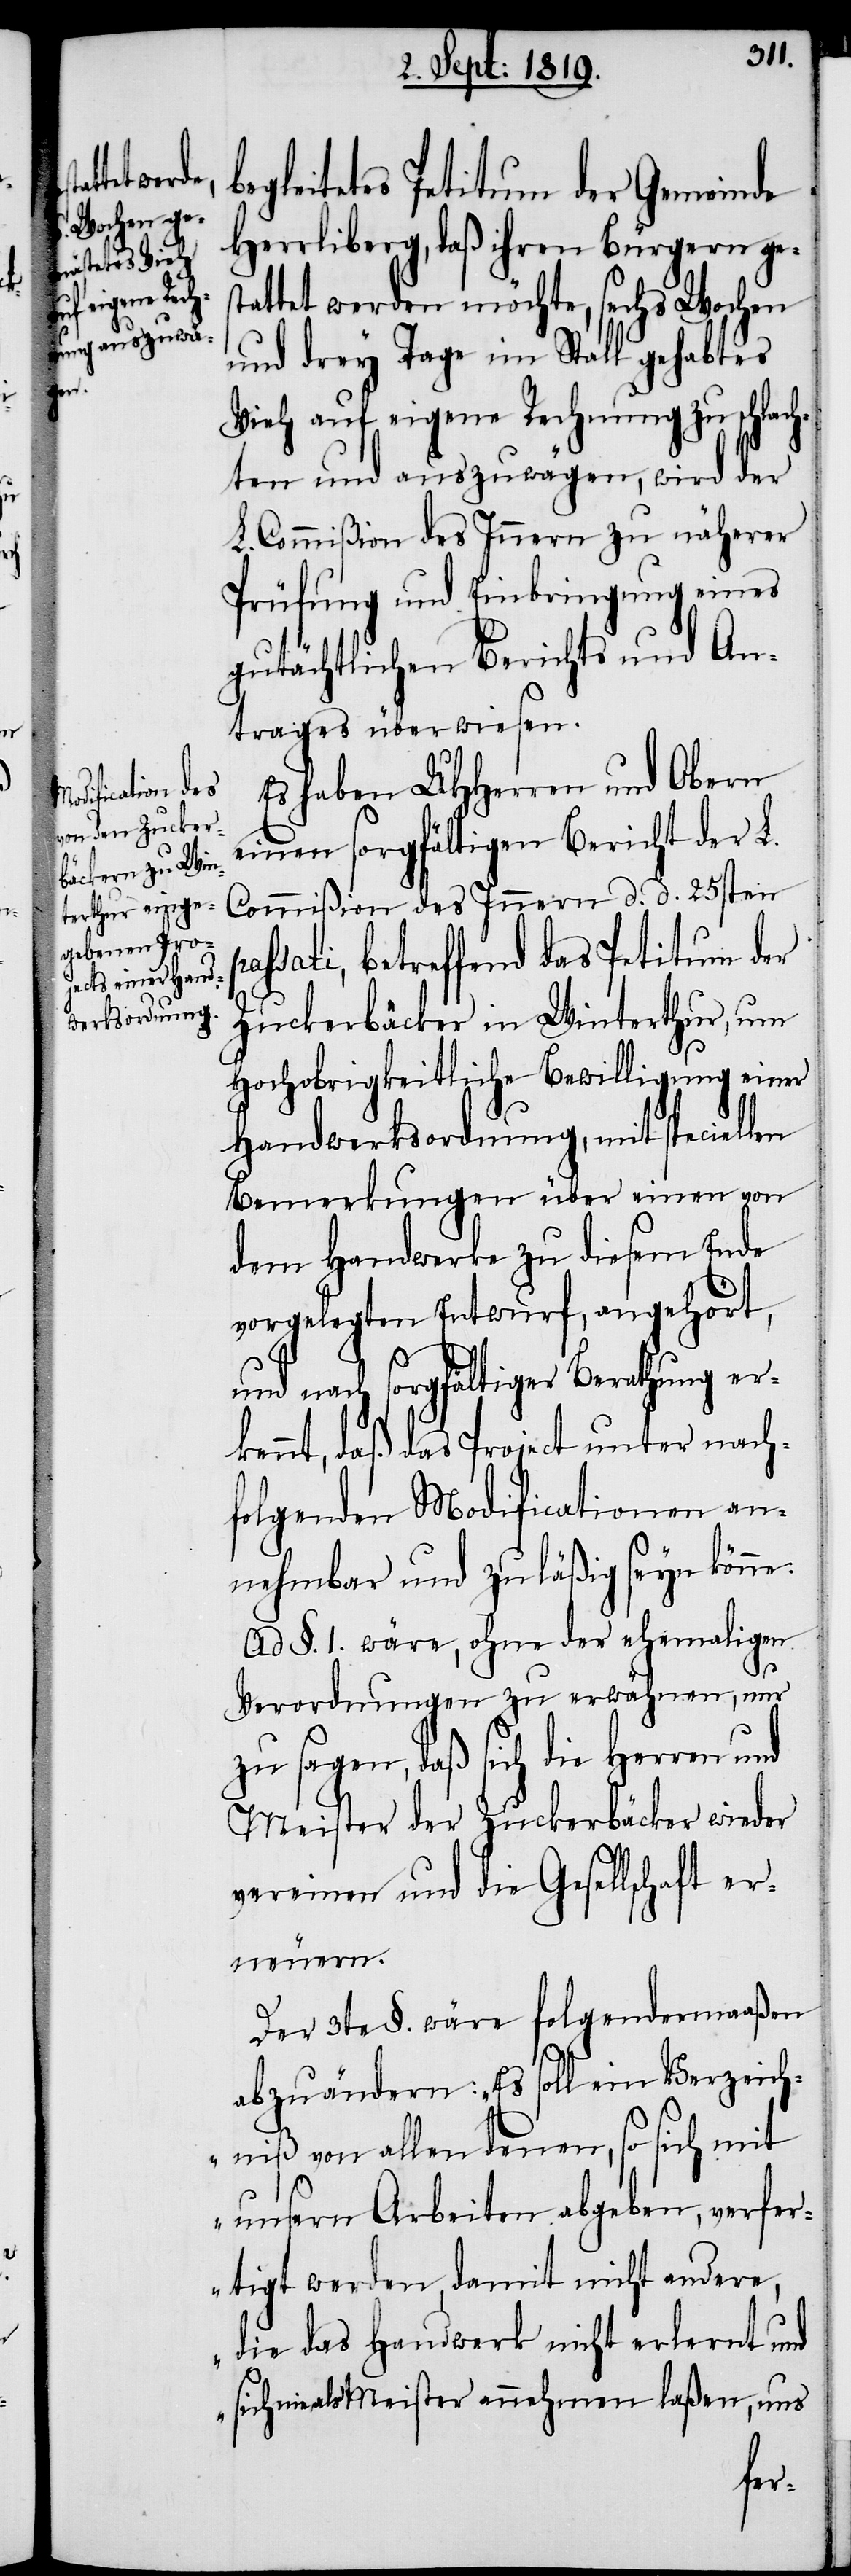
pa¬

gleitetes Petitum der Gemeinde
Herrliberg, daß ihren Bürgen ge¬
attet werden möchte, sechs Wochen
und drey Tage im Stall gehabtes
Vieh auf eigene Rechnung zu schlach¬
ten und auszuwägen, wird der
L. Commißion des Innern zu näherer
Prüfung und Einbringung eines
gutächtlichen Berichts und An¬
trages überwiesen.
Es haben UHHerren und Obern
einen sorgfältigen Bericht der L.
Commißion des Innern d. d. 25sten
ssati, betreffend das Petitum der
Zuckerbäcker in Winterthur, um
Hochobrigkeitliche Bewilligung einer
Handwerksordnung, mit speciellen
Bemerkungen über einen von
dem Handwerke zu diesem Ende
vorgelegten Entwurf, anghört,
und nach sorgfältiger Berathung er¬
kennt, daß das Project unter nach¬
folgenden Modificationen an¬
nehmbar und zuläßig seyn könne.
Ad §. 1. wäre, ohne der ehemaligen
Verordnungen zu erwähnen, nur
zu sagen, daß sich die Herren
Meister der Zuckerbäcker wieder
vereinen und die Gesellschaft er¬
neuern.
Der 3te §. wäre folgendermaßen
abzuändern: „Es soll ein Verzeich¬
niß von allen denen, so sich mit
unsern Arbeiten abgeben, verfer¬
tigt werden, damit nicht andere,
die das Handwerk nicht erlernt und
sich nie als Meister annehmen laßen, uns